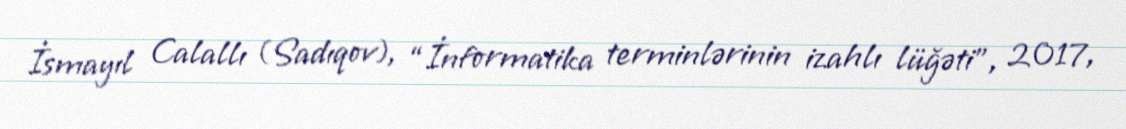
İsmayıl Calallı (Sadıqov), “İnformatika terminlərinin izahlı lüğəti”, 2017,